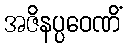
အဇိနပ္ပဝေဏိံ